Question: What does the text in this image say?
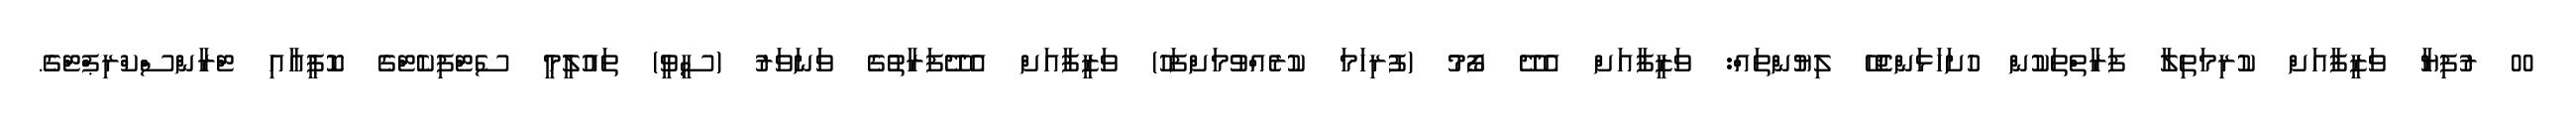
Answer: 00 ރުފިޔާ ވަޒީފާއަށް ކުރިމަތިލާ ފަރާތްތަކުން ހުށަހަޅަންޖެހޭ ލިޔުންތައް: ވަޒީފާއަށް އެދޭ ފޯމު (ފުރިހަމަ ކުރެއްވުމަށްފަހު) ވަޒީފާއަށް އެދޭފަރާތުގެ ވަނަވަރު (ސީވީ) ތައުލީމީ ސެޓްފިކެޓްގެ ކޮޕީއާއި ޓްރާންސްކްރިޕްޓްގެ.